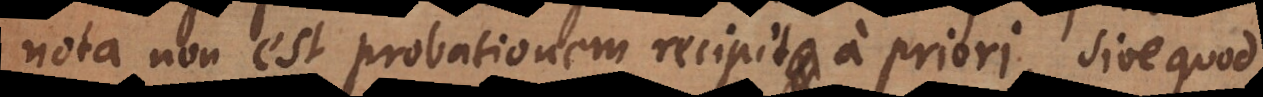
nota non est, probationem recipit a priori, sive quod